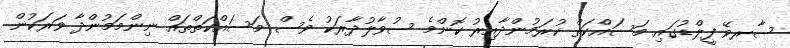
ސާރވޭ ފީލްޑުގައި މަސައްކަތް ކުރަމުންދާއިރު ކޮންމެ ސުވާލުދާރަކު ވެސް މަސައްކަތްތައް ނިންމަމުންދާ ވަރަކުން